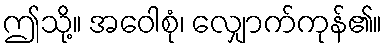
ဤသို့။ အဝေါစုံ၊ လျှောက်ကုန်၏။